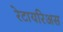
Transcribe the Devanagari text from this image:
रेटायरिअस